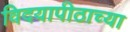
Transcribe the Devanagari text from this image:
विदयापीठाच्या